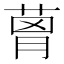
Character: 𦴗